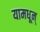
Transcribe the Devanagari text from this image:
यामधून्